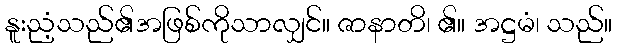
နူးညံ့သည်၏အဖြစ်ကိုသာလျှင်။ ဇာနာတိ၊ ၏။ အဋ္ဌမံ၊ သည်။